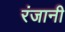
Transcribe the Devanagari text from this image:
रंजानी